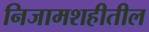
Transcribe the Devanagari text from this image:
निजामशहीतील